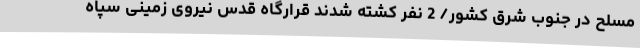
مسلح در جنوب شرق کشور/ 2 نفر کشته شدند قرارگاه قدس نیروی زمینی سپاه